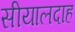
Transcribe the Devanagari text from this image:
सीयालदाह